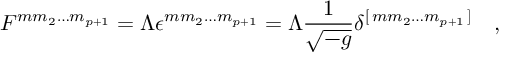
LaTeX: F ^ { m m _ { 2 } \dots m _ { p + 1 } } = \Lambda \epsilon ^ { m m _ { 2 } \dots m _ { p + 1 } } = \Lambda { \frac { 1 } { \sqrt { - g } } } \delta ^ { [ \, m m _ { 2 } \dots m _ { p + 1 } \, ] } \quad ,